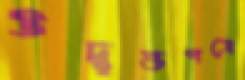
উদ্বৃত্তপত্রে